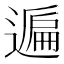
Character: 𨖠